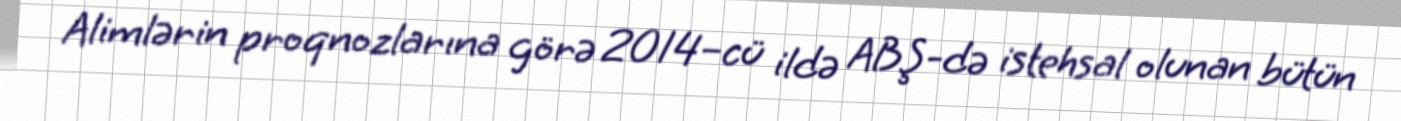
Alimlərin proqnozlarına görə 2014–cü ildə ABŞ-də istehsal olunan bütün